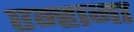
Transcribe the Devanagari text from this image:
एन्हाना